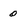
Character: 0